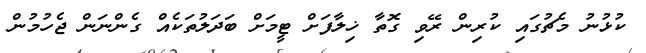
ކުޅުނު މެޗުގައި ކުރިން ރޭވި ގޮތާ ޚިލާފަށް ޓީމަށް ބަދަލުތަކެއް ގެންނަން ޖެހުމުން